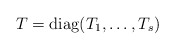
\begin{align*}T = \mathrm{diag}(T_1, \ldots, T_s) \end{align*}